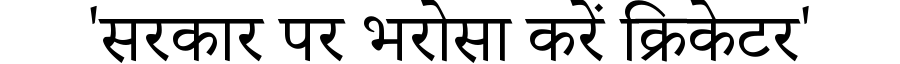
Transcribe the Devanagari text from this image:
'सरकार पर भरोसा करें क्रिकेटर'